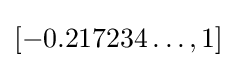
[-0.217234\ldots ,1]